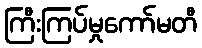
ကြီးကြပ်မှုကော်မတီ